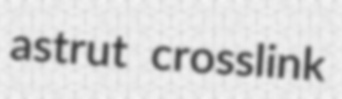
astrut crosslink